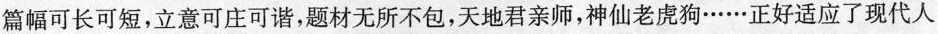
篇幅可长可短，立意可庄可谐，题材无所不包，天地君亲师，神仙老虎狗……正好适应了现代人反映了现代人